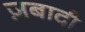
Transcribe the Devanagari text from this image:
ज़बादी